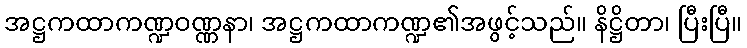
အဋ္ဌကထာကဏ္ဍဝဏ္ဏနာ၊ အဋ္ဌကထာကဏ္ဍ၏အဖွင့်သည်။ နိဋ္ဌိတာ၊ ပြီးပြီ။